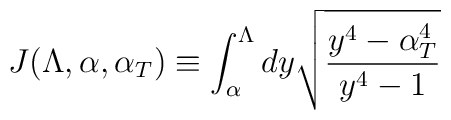
J(\Lambda, \alpha, \alpha_T) \equiv \int_{\alpha}^{\Lambda} dy \sqrt{\frac{y^4 - \alpha_T^4}{y^4 - 1}}